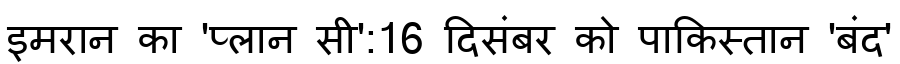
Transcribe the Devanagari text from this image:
इमरान का 'प्लान सी':16 दिसंबर को पाकिस्तान 'बंद'